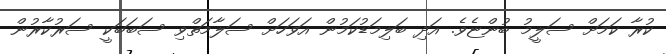
ކުރާ ކަމަށް ސަލީމު ބުންޏެވެ. އަދި ބަލިމަޑުކަމުން އަވަހަށް ސަލާމަތްވި ސަބަބަކީ ސަރުކާރުން